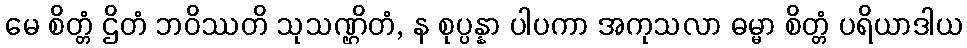
မေ စိတ္တံ ဌိတံ ဘဝိဿတိ သုသဏ္ဌိတံ, န စုပ္ပန္နာ ပါပကာ အကုသလာ ဓမ္မာ စိတ္တံ ပရိယာဒါယ